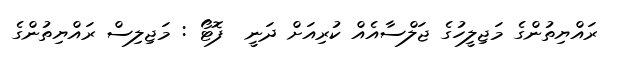
ރައްޔިތުންގެ މަޖިލީހުގެ ޖަލްސާއެއް ކުރިއަށް ދަނީ  ފޮޓޯ : މަޖިލިސް ރައްޔިތުންގެ